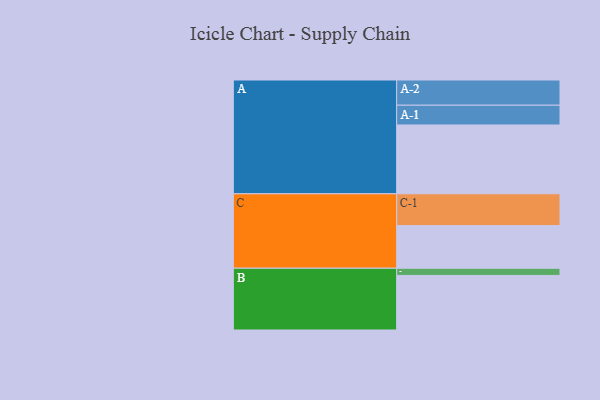
{"axis": {"x": "Segment", "y": "Value"}, "legend": ["", "A", "B", "C"], "data": [{"x": "A", "y": 595, "type": ""}, {"x": "B", "y": 472, "type": ""}, {"x": "C", "y": 369, "type": ""}, {"x": "A-1", "y": 171, "type": "A"}, {"x": "A-2", "y": 218, "type": "A"}, {"x": "B-1", "y": 62, "type": "B"}, {"x": "C-1", "y": 275, "type": "C"}]}